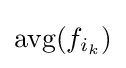
\operatorname {avg} (f_{i_{k}})